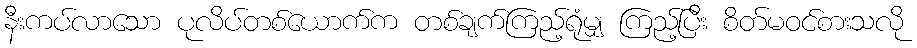
နီးကပ်လာသော ပုလိပ်တစ်ယောက်က တစ်ချက်ကြည့်ရုံမျှ ကြည့်ပြီး စိတ်မဝင်စားသလို